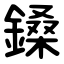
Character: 鎟